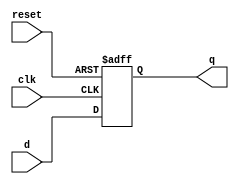
module dff_reset(clk, reset, d, q);

	input wire clk, reset, d;
	output reg q;

	always @(posedge clk, posedge reset)
		if (reset)
			q <= 1'b0;
		else
			q <= d;
endmodule